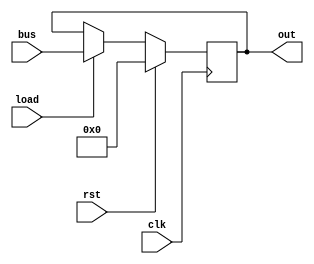
`default_nettype none
`timescale 1ns/1ps
module reg_a(
    input	 clk,
    input 	rst,
    input 	load,
    input[7:0] 	bus,
    output[7:0] out
    );

    reg[7:0] reg_a;

    always @(posedge clk) begin
    	if (rst) begin
    	    reg_a <= 8'b0;
    	end else if (load) begin
    	    reg_a <= bus;
    	end
    end
    
    assign out = reg_a;

endmodule